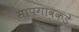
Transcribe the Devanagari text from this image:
सापगावकडे